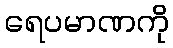
ရေပမာဏကို